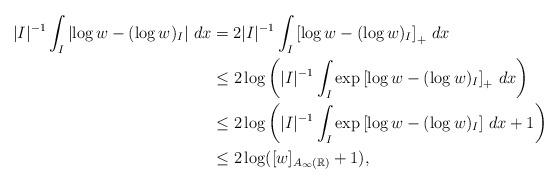
LaTeX: \begin{align*}|I|^{-1}\int_I \left|\log w-(\log w)_I\right|\,dx&=2 |I|^{-1}\int_I \left[\log w-(\log w)_I\right]_+\,dx\\&\le 2\log\left(|I|^{-1} \int_I \exp\left[\log w-(\log w)_I\right]_+\,dx\right) \\&\le 2\log \left(|I|^{-1}\int_I \exp\left[\log w-(\log w)_I\right]\,dx+1\right)\\&\le 2\log ([w]_{A_\infty(\mathbb R)}+1),\end{align*}